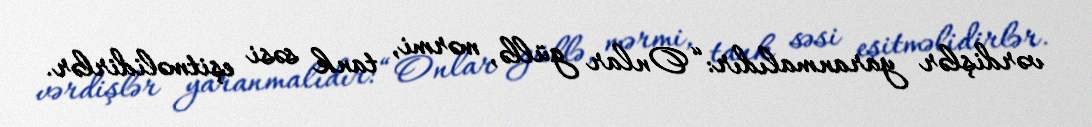
vərdişlər yaranmalıdır: “Onlar güllə, mərmi, tank səsi eşitməlidirlər.